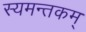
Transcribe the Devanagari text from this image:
स्यमन्तकम्